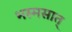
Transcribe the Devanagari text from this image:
भस्मसात्